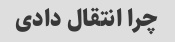
چرا انتقال دادی